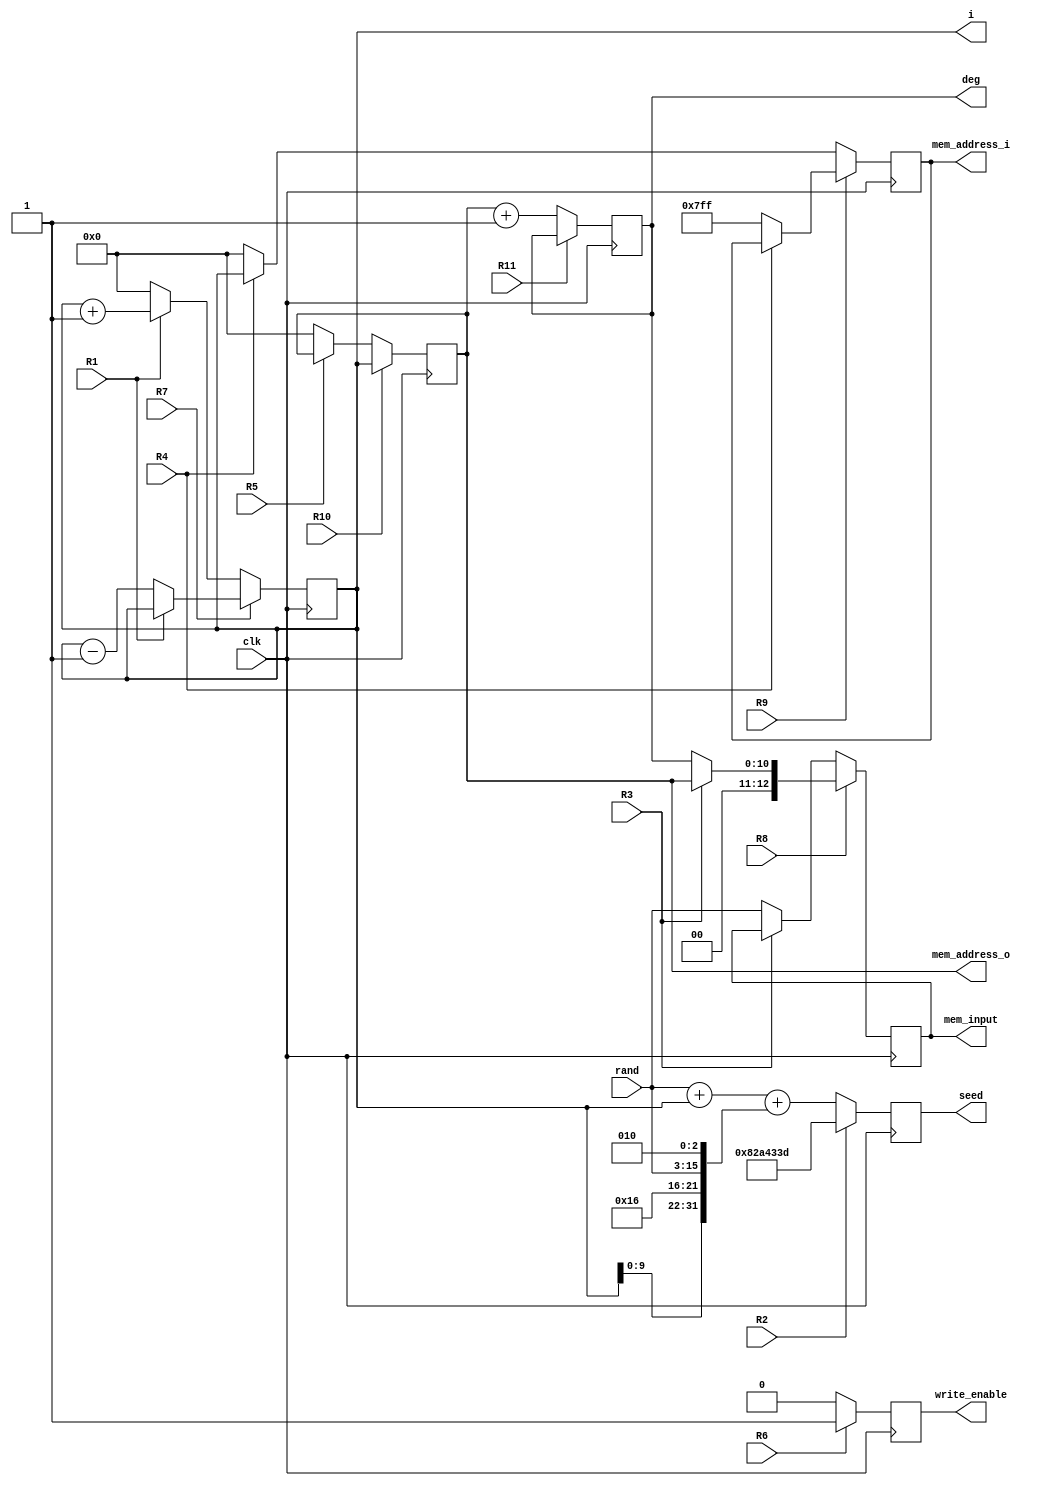
module spoly_DP(
    input clk,
    input R1, R2,R3, R4, R5, R6, R7, R8, R9, R10, R11,
    input [12:0]rand,
    output reg[12:0]mem_input,
    output reg[10:0]mem_address_i,
    output reg[10:0]mem_address_o,
    output reg[31:0]seed,
    output reg[10:0]i,deg,
    output reg write_enable   
    );
    
  wire [12:0] nextmem_input;
  wire [10:0] nextmem_addres_i;
  wire [10:0] nextmem_addres_o;
  wire [31:0] nextseed;
  wire [10:0] nexti, nextdeg;
  wire nextwrite_enable;
    
    // Registro M
    always @(posedge clk)
        mem_input <= nextmem_input;
    // Parte combinacional de M
    assign nextmem_input = R8? R3 ? (mem_address_o)  : (deg) : R3 ? (mem_input)  : (rand);
    
    // Registro A
    always @(posedge clk)
        i <= nexti;
    assign nexti = R7? R1 ? (i):i-1 : R1 ? (i+11'b1):10'b0;
    
    always @(posedge clk)
        deg <= nextdeg;
    assign nextdeg = R11 ? deg:mem_address_o+1;
        
    //Registro M1    
    always @(posedge clk)
        seed <= nextseed;
    // Parte combinacional de RQ
    assign nextseed = R2 ? 32'd136987453 :(rand+i+{i,6'd854,rand,3'd2});
    
    // Registro RP
    always @(posedge clk)
        mem_address_o <= nextmem_addres_o;
    // Parte combinacional de RP
    assign nextmem_addres_o =R10?  R5 ? i:i :  R5 ? mem_address_o:0;
    
    always @(posedge clk)
        mem_address_i <= nextmem_addres_i;
    // Parte combinacional de RP
    assign nextmem_addres_i =R9? R4 ? (mem_address_i):(11'd2047) : R4 ? (i):(0);
    
    always @(posedge clk)
        write_enable <= nextwrite_enable;
    // Parte combinacional de RP
    assign nextwrite_enable = R6 ? (1'b1):(1'b0);
  

endmodule